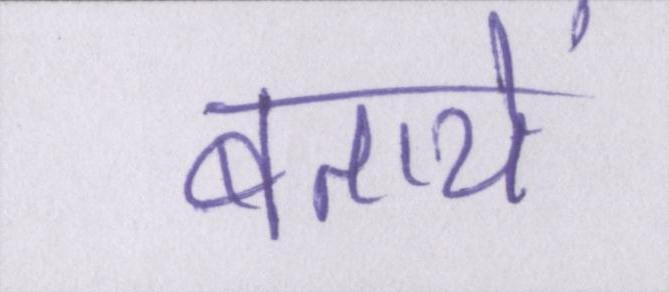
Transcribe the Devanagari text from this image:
बतायें